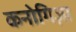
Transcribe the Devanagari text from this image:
कनोगिज़ा